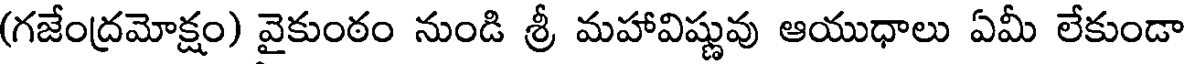
(గజేంద్రమోక్షం) వైకుంఠం నుండి శ్రీ మహావిష్ణువు ఆయుధాలు ఏమీ లేకుండా